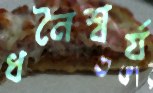
ধনৈশ্বর্য